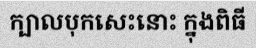
ក្បាលបុកសេះនោះ ក្នុងពិធី